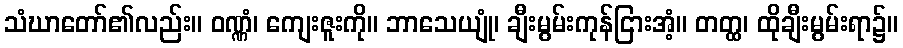
သံဃာတော်၏လည်း။ ဝဏ္ဏံ၊ ကျေးဇူးကို။ ဘာသေယျုံ၊ ချီးမွမ်းကုန်ငြားအံ့။ တတ္ထ၊ ထိုချီးမွမ်းရာ၌။